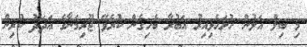
މި ބިލް އަލުން ހުށަހެޅިއިރު އަބުރާ ބެހިގެން ކުރެވޭ ޖޫރިމަނާގެ އަދަދު ކުރިން